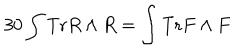
3 0 \int { \mathrm { T r } R \wedge R } = \int { \mathrm { T r } F \wedge F }